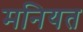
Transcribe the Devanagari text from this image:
मनियत